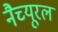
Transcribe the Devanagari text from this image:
नैच्यूरल